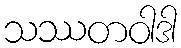
သဿတဝါဒါ